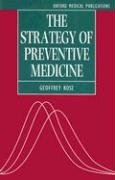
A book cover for The Strategy of Preventive Medicine (Oxford Medical Publications); Geoffrey Rose; Medical Books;